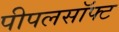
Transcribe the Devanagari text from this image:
पीपलसॉफ्ट